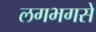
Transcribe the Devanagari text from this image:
लगभगसे